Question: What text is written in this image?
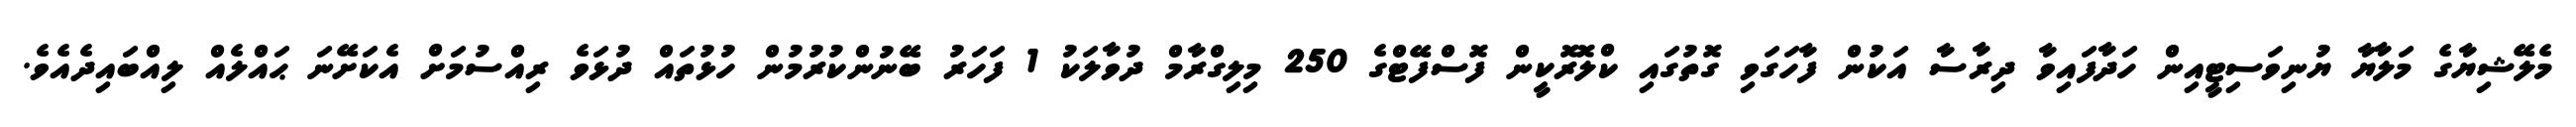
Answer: މެލޭޝިޔާގެ މަލާޔާ ޔުނިވަސިޓީއިން ހަދާފައިވާ ދިރާސާ އަކުން ފާހަގަވި ގޮތުގައި ކްލޮރޮކީން ފޮސްފޭޓްގެ 250 މިލިގްރާމް ދުވާލަކު 1 ފަހަރު ބޭނުންކުރުމުން ހުޅުތައް ދުޅަވެ ރިއްސުމަށް އެކަށޭނަ ޙައްލެއް ލިއްބައިދެއެވެ.